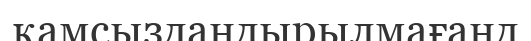
қамсыздандырылмағанд